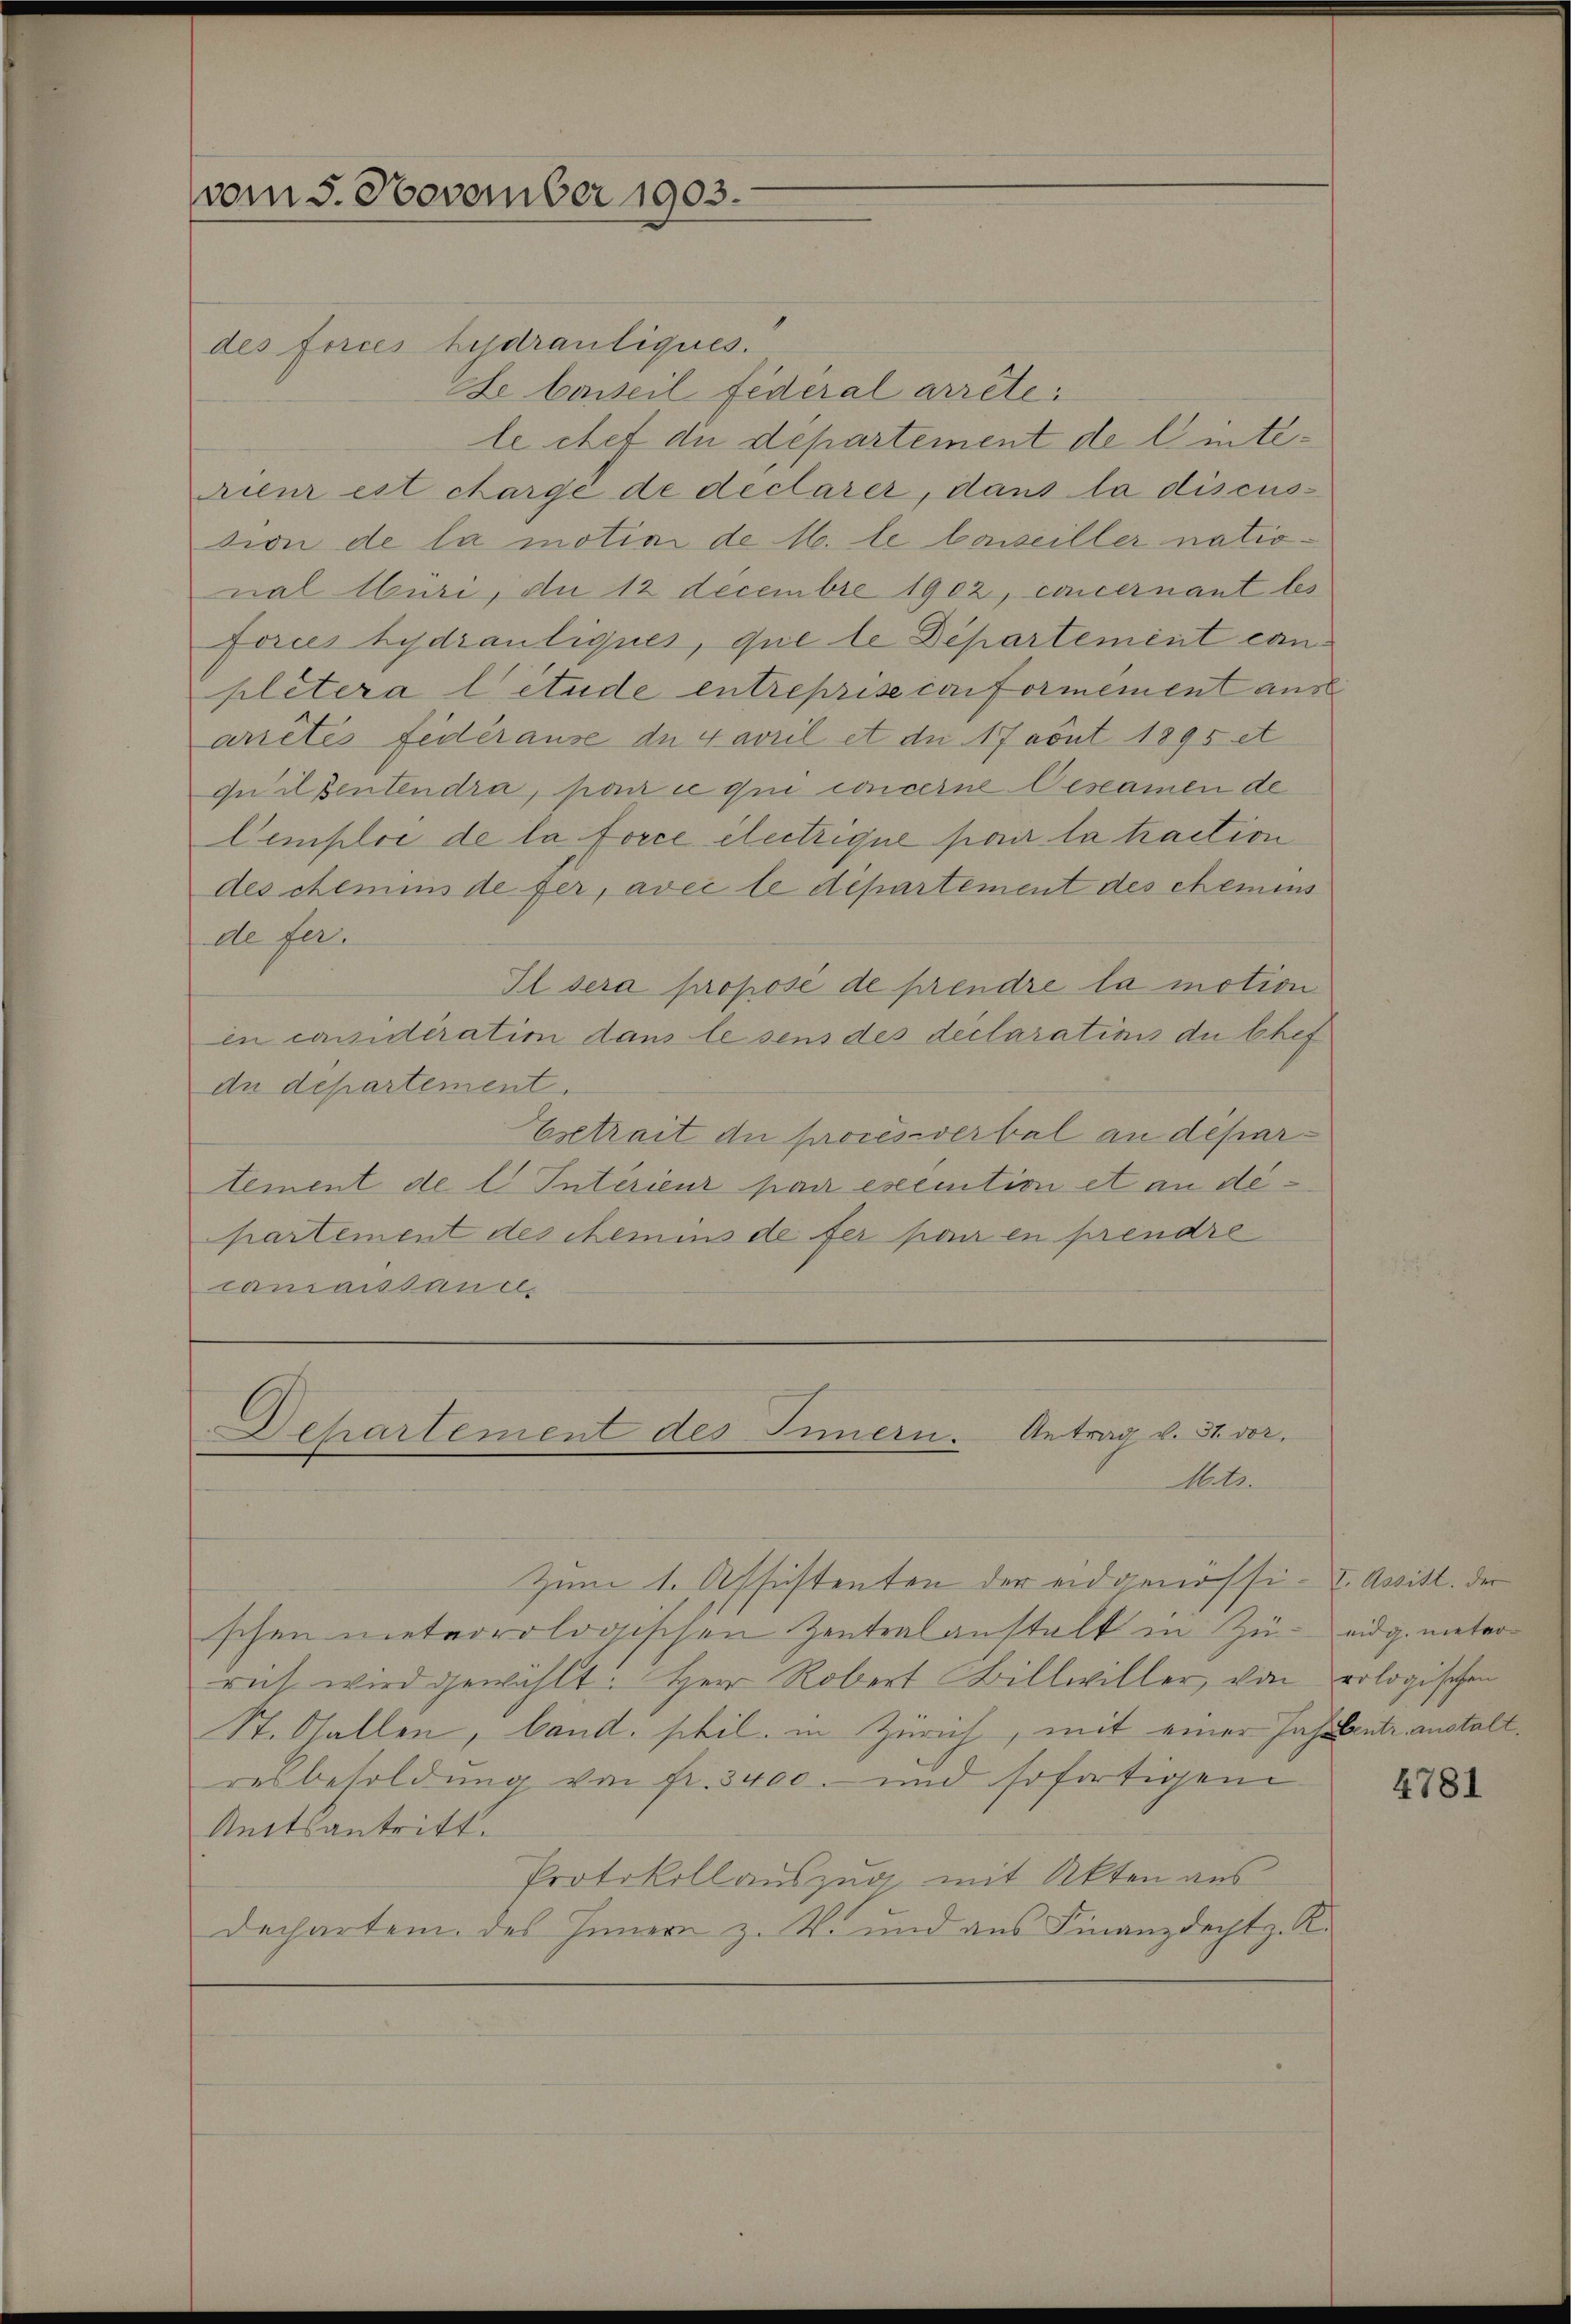
vom 5. November 1903.

des forces hydrauliques.
de beweil fédéral arretele chet die departement de l’intenieur est chargé de declarer, dans la discus-
tion de la motion de M. le laiseiller national Abüri, du 12 Decembre 1902, concernant les
forces hydrantiques, que le Departement con
pletera litude entreprise conformément aus
arrêtés fédérause de Favril et die 17 avut 1895 et
quilsentendra, par ce qui concerne Gestamen de
Cemploi de la force electrique par la traction
des chemins de fer, avec le département des chemens
de fer.
Il sera proposé de prendre la motion
in casidération dans lesens des declarations du Chef
du département.
Esetrait de procès-verbal an departement de l. Intérieur par exemtion et an departement des chemins de fer par en prendre
canaissance,

Zum 1. Assistenten der eidgenössi- IV. Assist. der
schen meteorologischen Zentralanstalt in Zu- eidg. meter-
ruch wird gewählt: Herr Robert Billwiller, von rologischen
St. Gallen, band. phil. in Zürich, mit einer Insidente anstalt
resbesoldung von Fr. 3400. und sofortigen
Rattsantritt.
Protokollauszug mit Akten aus
Dechartem des Innern z. W. und aus Finanzdecht. K

Departement des Innern. Antrag v. 31 vor.
Mit

4781